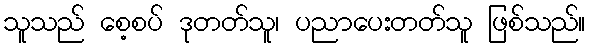
သူသည် စေ့စပ် ဒုတတ်သူ၊ ပညာပေးတတ်သူ ဖြစ်သည်။